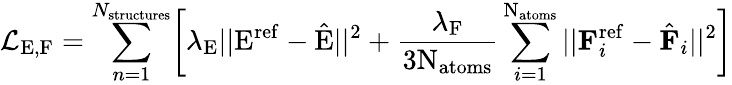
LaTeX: \mathcal{L}_{\mathrm{E,F}}=\sum_{n=1}^{N_{\mathrm{structures}}}\biggl[\lambda_{\mathrm{E}}||\mathrm{E}^{\mathrm{ref}}-\hat{\mathrm{E}}||^{2}+\frac{\lambda_{\mathrm{F}}}{3\mathrm{N}_{\mathrm{atoms}}}\sum_{i=1}^{\mathrm{N}_{\mathrm{atoms}}}||\textbf{F}_{i}^{\mathrm{ref}}-\hat{\textbf{F}}_{i}||^{2}\biggr]